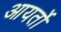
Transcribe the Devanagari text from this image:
आयर्तो